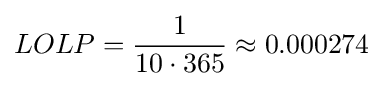
{LOLP}={\frac {1}{10\cdot 365}}\approx 0.000274